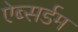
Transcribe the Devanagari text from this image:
ऐब्सर्डम